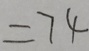
= 7 4